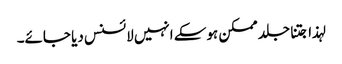
لہذا جتنا جلد ممکن ہوسکے انہیں لائسنس دیا جائے۔